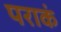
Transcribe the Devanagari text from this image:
पराकं